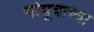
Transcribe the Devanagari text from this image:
गोमूत्राच्या